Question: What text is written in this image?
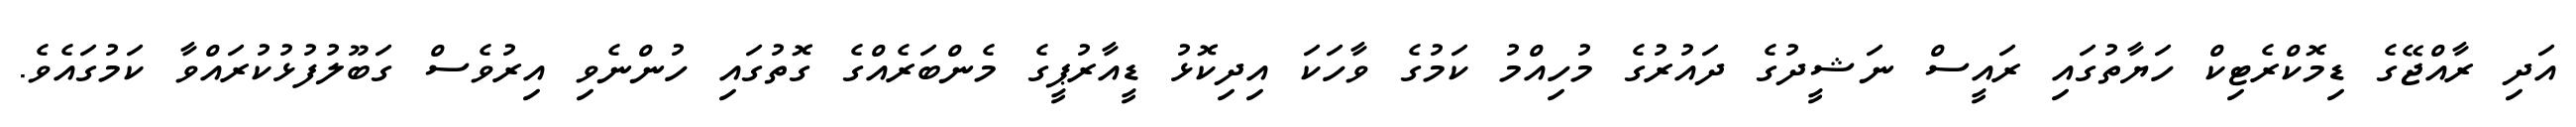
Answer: އަދި ރާއްޖޭގެ ޑިމޮކްރެޓިކް ހަޔާތުގައި ރައީސް ނަޝީދުގެ ދައުރުގެ މުހިއްމު ކަމުގެ ވާހަކަ އިދިކޮޅު ޑީއާރުޕީގެ މެންބަރެއްގެ ގޮތުގައި ހުންނެވި އިރުވެސް ގަބޫލުފުޅުކުރައްވާ ކަމުގައެވެ.